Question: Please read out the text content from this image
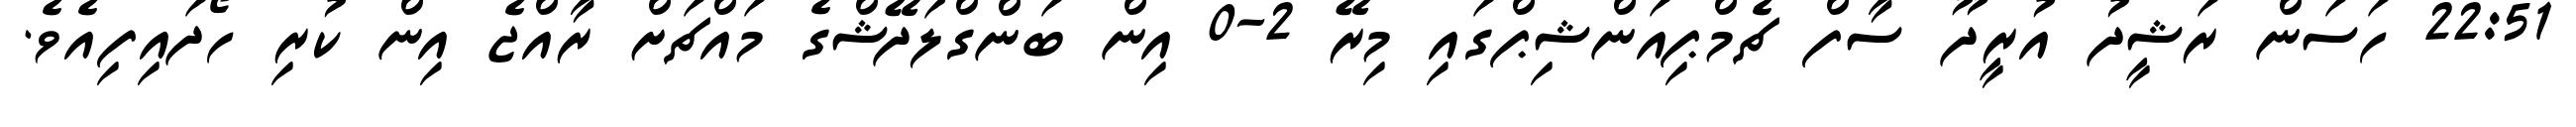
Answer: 22:51 ހަސަން ރަޝީދު އުރީދޫ ސާފް ޗެމްޕިއަންޝިޕްގައި މިރޭ 2-0 އިން ބަންގްލަދޭޝްގެ މައްޗަށް ރާއްޖެ އިން ކުރި ހޯދައިފިއެވެ.